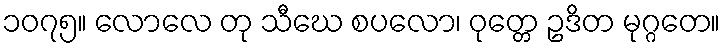
၁၀၇၅။ လောလေ တု သီဃေ စပလော၊ ဝုတ္တေ ဥဒိတ မုဂ္ဂတေ။